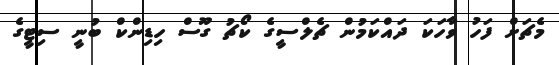
މެޗަށް ފަހު ވާހަކަ ދައްކަމުން ޗެލްސީގެ ކޯޗު ގޫސް ހިޑިންކް ބުނީ ސިޓީގެ